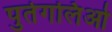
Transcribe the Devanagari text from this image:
पुर्तगलिओ